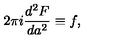
2 \pi i \frac { d ^ { 2 } F } { d a ^ { 2 } } \equiv f ,